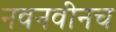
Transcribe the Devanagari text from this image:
नवनवीनच